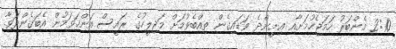
2:10 މެންބަރު ހަމަޖެހުމަށާއި އިށީންދެ ވަޑައިގެން ތިއްބެވުމަށް މަޖިލީހުގެ ރައީސް އަންހަވަމުން އެބަގެންދަވާ.